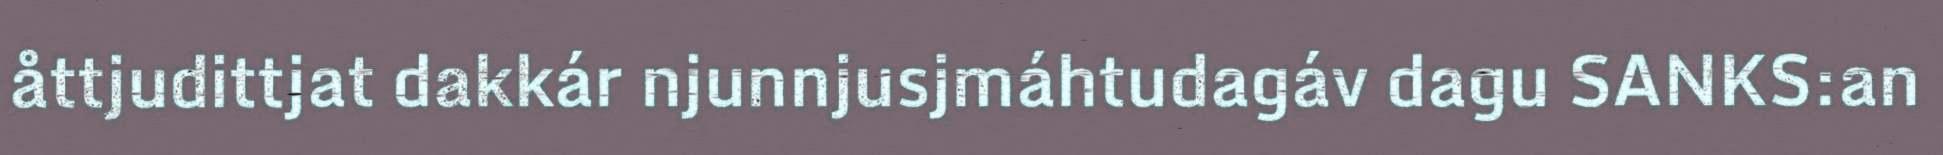
åttjudittjat dakkár njunnjusjmáhtudagáv dagu SANKS:an